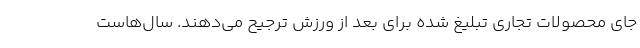
جای محصولات تجاری تبلیغ شده برای بعد از ورزش ترجیح می‌دهند. سال‌هاست